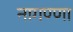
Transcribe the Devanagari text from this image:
नागण्णा